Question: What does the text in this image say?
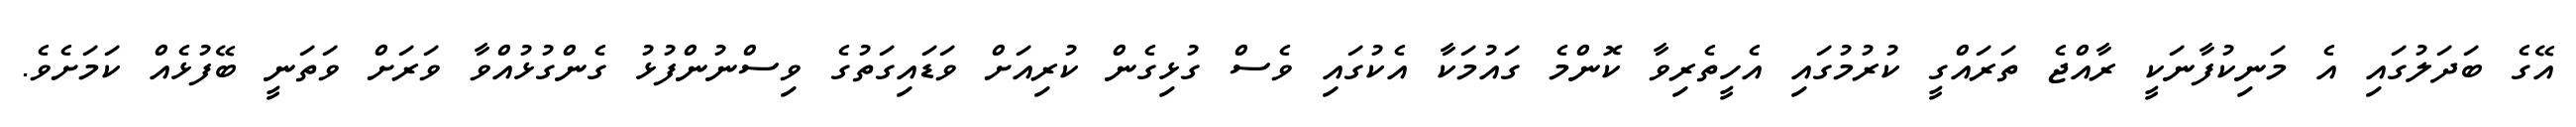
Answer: އޭގެ ބަދަލުގައި އެ މަނިކުފާނަކީ ރާއްޖެ ތަރައްގީ ކުރުމުގައި އެހީތެރިވާ ކޮންމެ ގައުމަކާ އެކުގައި ވެސް ގުޅިގެން ކުރިއަށް ވަޑައިގަތުގެ ވިސްނުންފުޅު ގެންގުޅުއްވާ ވަރަށް ވަތަނީ ބޭފުޅެއް ކަމަށެވެ.